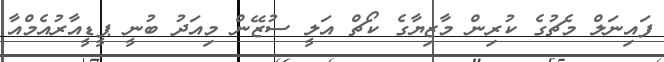
ފައިނަލް މެޗުގެ ކުރިން މާޒިޔާގެ ކޯޗް އަލީ ސުޒޭން މިއަދު ބުނީ ޕީޑީއާރުއެމްއާ